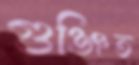
গুঞ্জিত